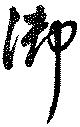
御